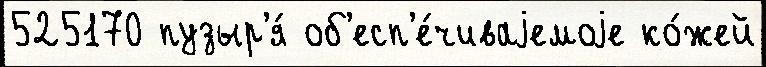
525170 пузыр'я́ об'есп'е́чиваjемоjе ко́жей